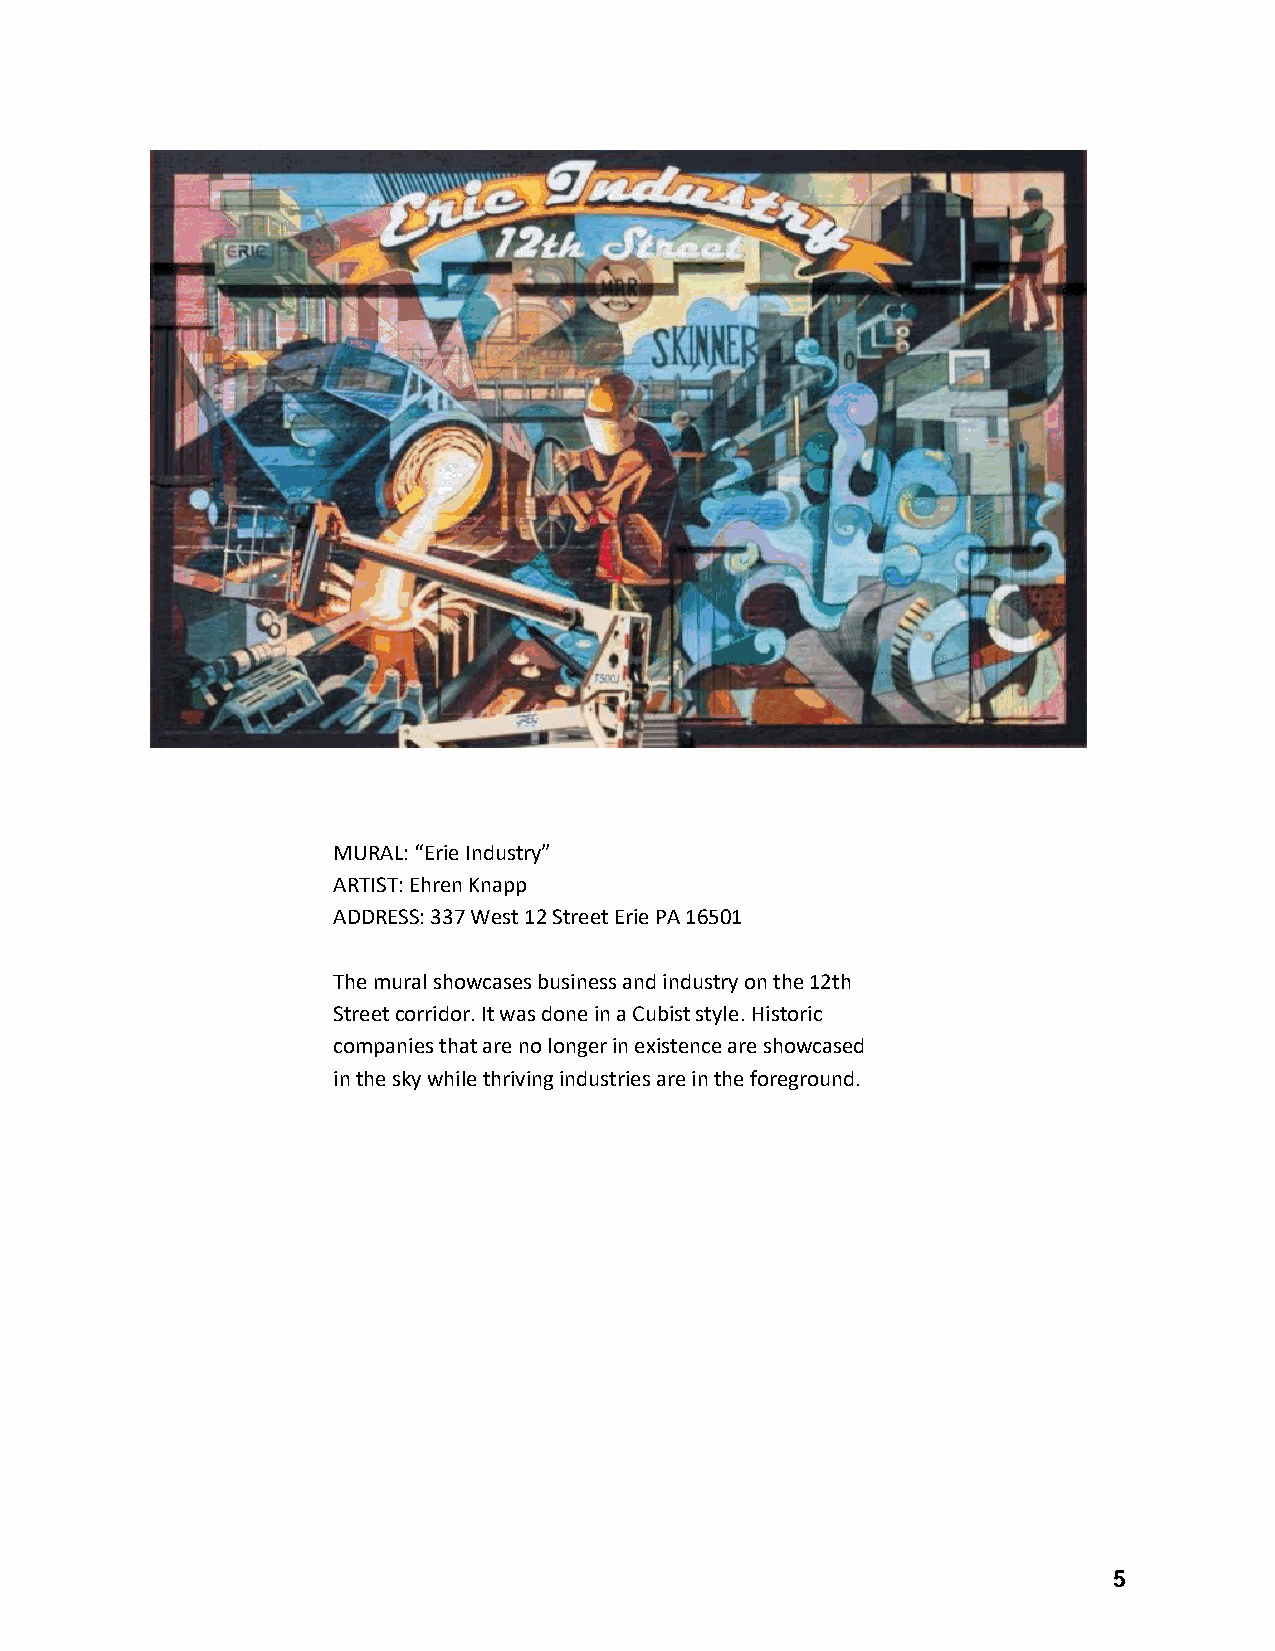
MURAL: “Erie Industry”
 ARTIST: Ehren Knapp
 ADDRESS: 337 West 12 Street Erie PA 16501
 The mural showcases business and industry on the 12th
 Street corridor. It was done in a Cubist style. Historic
 companies that are no longer in existence are showcased
 in the sky while thriving industries are in the foreground.
 5